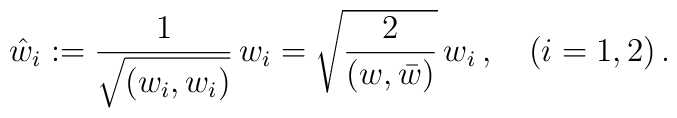
\hat w_i:=\frac{1}{\sqrt{(w_i,w_i)}}\,w_i =  \sqrt{\frac{2}{(w,\bar w)}}\,w_i\,,\quad (i=1,2)\,.